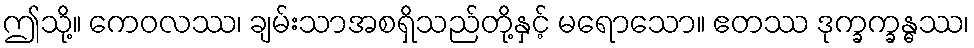
ဤသို့။ ကေဝလဿ၊ ချမ်းသာအစရှိသည်တို့နှင့် မရောသော။ ဧတဿ ဒုက္ခက္ခန္ဓဿ၊